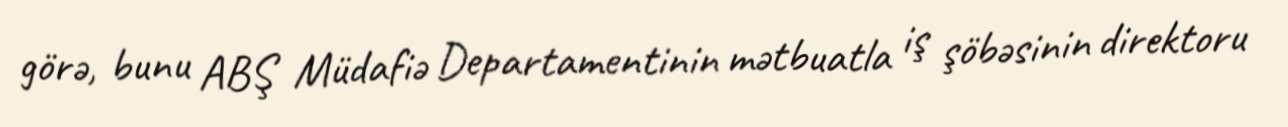
görə, bunu ABŞ Müdafiə Departamentinin mətbuatla iş şöbəsinin direktoru